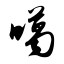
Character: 噶